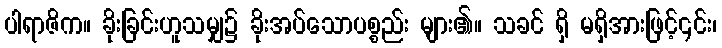
ပါရာဇိက။ ခိုးခြင်းဟူသမျှ၌ ခိုးအပ်သောပစ္စည်း များ၏။ သခင် ရှိ မရှိအားဖြင့်၎င်း၊